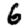
Digit: 6